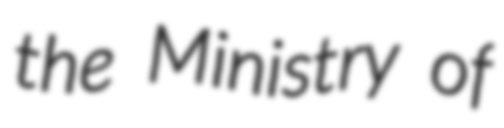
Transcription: the Ministry of